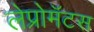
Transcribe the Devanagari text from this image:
लेप्रोमॅटस